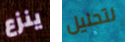
ينزع لتحليل